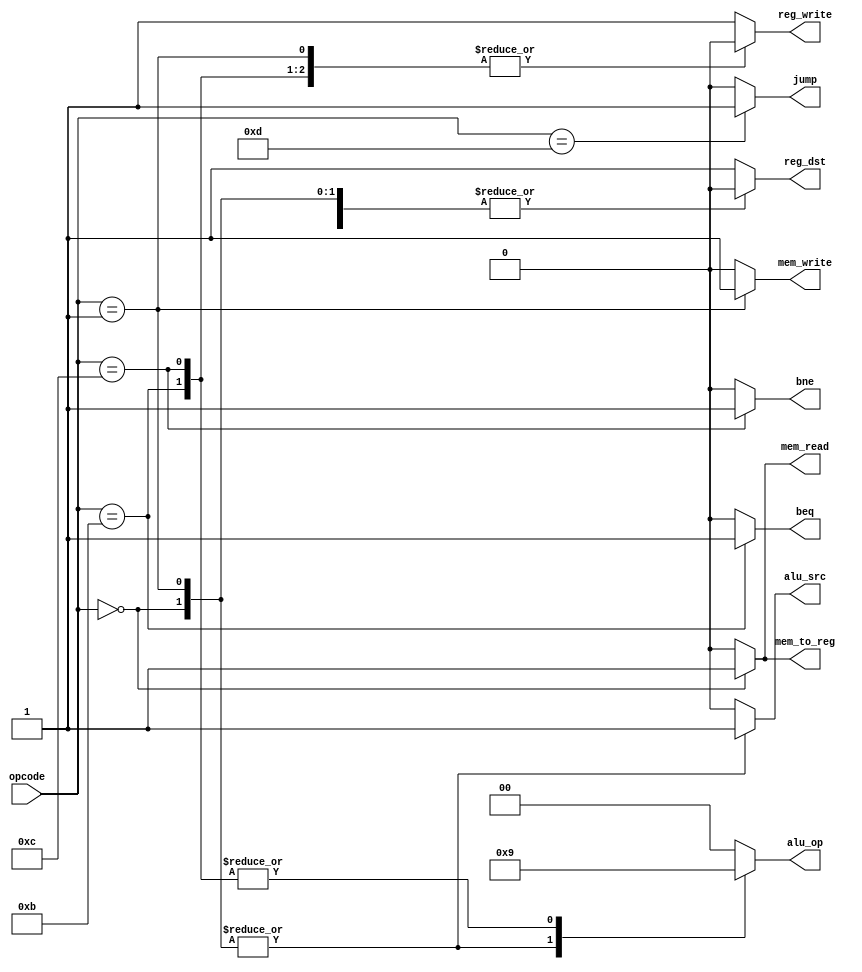
`timescale 1ns / 1ps

module control_unit(opcode, alu_op, reg_dst, reg_write, alu_src, jump, beq, bne, mem_write, mem_read, mem_to_reg);
input [3:0] opcode;
output reg[1:0] alu_op;
output reg reg_dst, reg_write, alu_src, jump, beq, bne, mem_write, mem_read, mem_to_reg;

always @(*)begin
case(opcode)
	4'b0000:begin
		reg_dst = 1'b0;
		alu_src = 1'b1;
		mem_to_reg = 1'b1;
		reg_write = 1'b1;
		mem_read = 1'b1;
		mem_write = 1'b0;
		beq = 1'b0;
		bne = 1'b0;
		alu_op = 2'b10;
		jump = 1'b0;   
	end
	4'b0001:begin
		reg_dst = 1'b0;
		alu_src = 1'b1;
		mem_to_reg = 1'b0;
		reg_write = 1'b0;
		mem_read = 1'b0;
		mem_write = 1'b1;
		beq = 1'b0;
		bne = 1'b0;
		alu_op = 2'b10;
		jump = 1'b0;   
	end
	4'b1011:
   begin
    reg_dst = 1'b0;
    alu_src = 1'b0;
    mem_to_reg = 1'b0;
    reg_write = 1'b0;
    mem_read = 1'b0;
    mem_write = 1'b0;
    beq = 1'b1;
    bne = 1'b0;
    alu_op = 2'b01;
    jump = 1'b0;   
   end
 4'b1100:  
   begin
    reg_dst = 1'b0;
    alu_src = 1'b0;
    mem_to_reg = 1'b0;
    reg_write = 1'b0;
    mem_read = 1'b0;
    mem_write = 1'b0;
    beq = 1'b0;
    bne = 1'b1;
    alu_op = 2'b01;
    jump = 1'b0;   
   end
 4'b1101:  
   begin
    reg_dst = 1'b0;
    alu_src = 1'b0;
    mem_to_reg = 1'b0;
    reg_write = 1'b0;
    mem_read = 1'b0;
    mem_write = 1'b0;
    beq = 1'b0;
    bne = 1'b0;
    alu_op = 2'b00;
    jump = 1'b1;   
   end  
	default : begin
    reg_dst = 1'b1;
    alu_src = 1'b0;
    mem_to_reg = 1'b0;
    reg_write = 1'b1;
    mem_read = 1'b0;
    mem_write = 1'b0;
    beq = 1'b0;
    bne = 1'b0;
    alu_op = 2'b00;
    jump = 1'b0;   
   end
endcase
end
endmodule